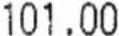
101.00